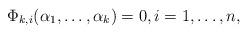
LaTeX: \begin{align*}\Phi_{k,i}(\alpha_1,\ldots,\alpha_k)=0, i=1,\ldots,n,\end{align*}